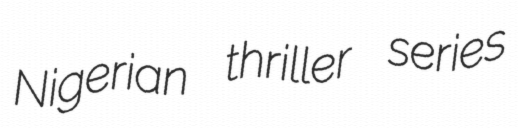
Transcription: Nigerian thriller series